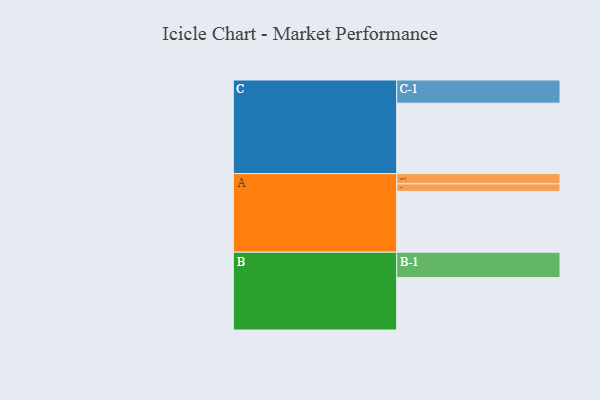
{"axis": {"x": "Segment", "y": "Value"}, "legend": ["", "A", "B", "C"], "data": [{"x": "A", "y": 462, "type": ""}, {"x": "B", "y": 398, "type": ""}, {"x": "C", "y": 535, "type": ""}, {"x": "A-1", "y": 78, "type": "A"}, {"x": "A-2", "y": 57, "type": "A"}, {"x": "B-1", "y": 193, "type": "B"}, {"x": "C-1", "y": 176, "type": "C"}]}